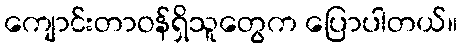
ကျောင်းတာဝန်ရှိသူတွေက ပြောပါတယ်။